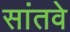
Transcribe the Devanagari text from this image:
सांतवे